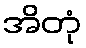
အိတုံ